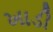
ખાડી